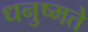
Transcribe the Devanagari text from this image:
धनुष्मते